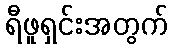
ရီဖူရှင်းအတွက်